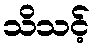
သိသင့်